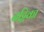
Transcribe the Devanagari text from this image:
नट्टिका